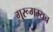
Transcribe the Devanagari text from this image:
गुरूगम्यच